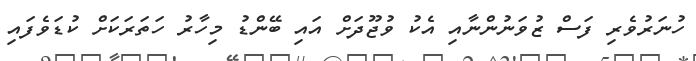
ހުނަރުވެރި ފަސް ޒުވަނުންނާއި އެކު ވުޖޫދަށް އައި ބޭންޑު މިހާރު ހަތަރަކަށް ކުޑަވެފައި